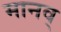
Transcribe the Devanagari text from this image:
मानव्